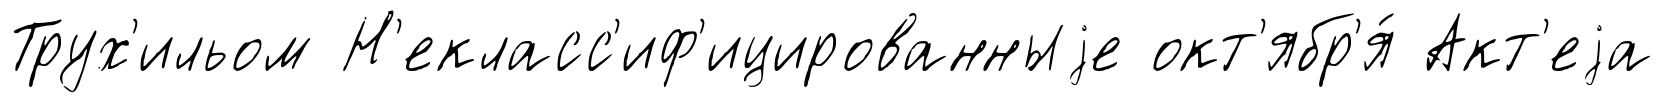
Трух'ильом Н'екласс'иф'ицированныjе окт'ябр'я́ Акт'еjа